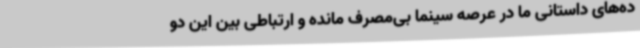
ده‌های داستانی ما در عرصه سینما بی‌مصرف مانده و ارتباطی بین این دو